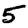
Digit: 5